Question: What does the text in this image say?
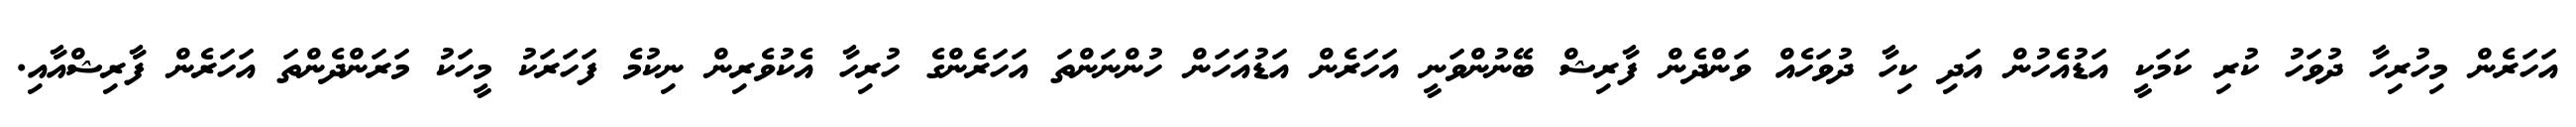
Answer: އަހަރެން މިހުރިހާ ދުވަހު ކުރި ކަމަކީ އަޑުއެހުން އަދި ކިހާ ދުވަހެއް ވަންދެން ފާރިޝް ބޭނުންވަނީ އަހަރެން އަޑުއަހަން ހުންނަންތަ އަހަރެންގެ ހުރިހާ އެކުވެރިން ނިކުމެ ފަހަރަކު މީހަކު މަރަންދެންތަ އަހަރެން ފާރިޝްއާއި.